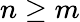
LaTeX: n\geq m